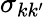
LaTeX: \sigma_{kk^{\prime}}